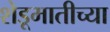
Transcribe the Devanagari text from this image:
शेडूमातीच्या